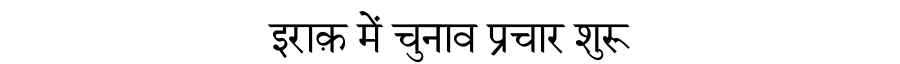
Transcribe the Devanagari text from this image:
इराक़ में चुनाव प्रचार शुरू